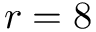
r = 8